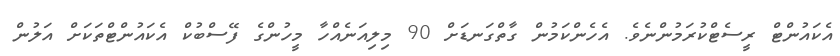
އެކައުންޓް ރީސެޓްކުރަމުންނެވެ. އެހެންކަމުން ގާތްގަނޑަށް 90 މިލިއަނެއްހާ މީހުންގެ ފޭސްބުކް އެކައުންޓްތަކަށް އަލުން